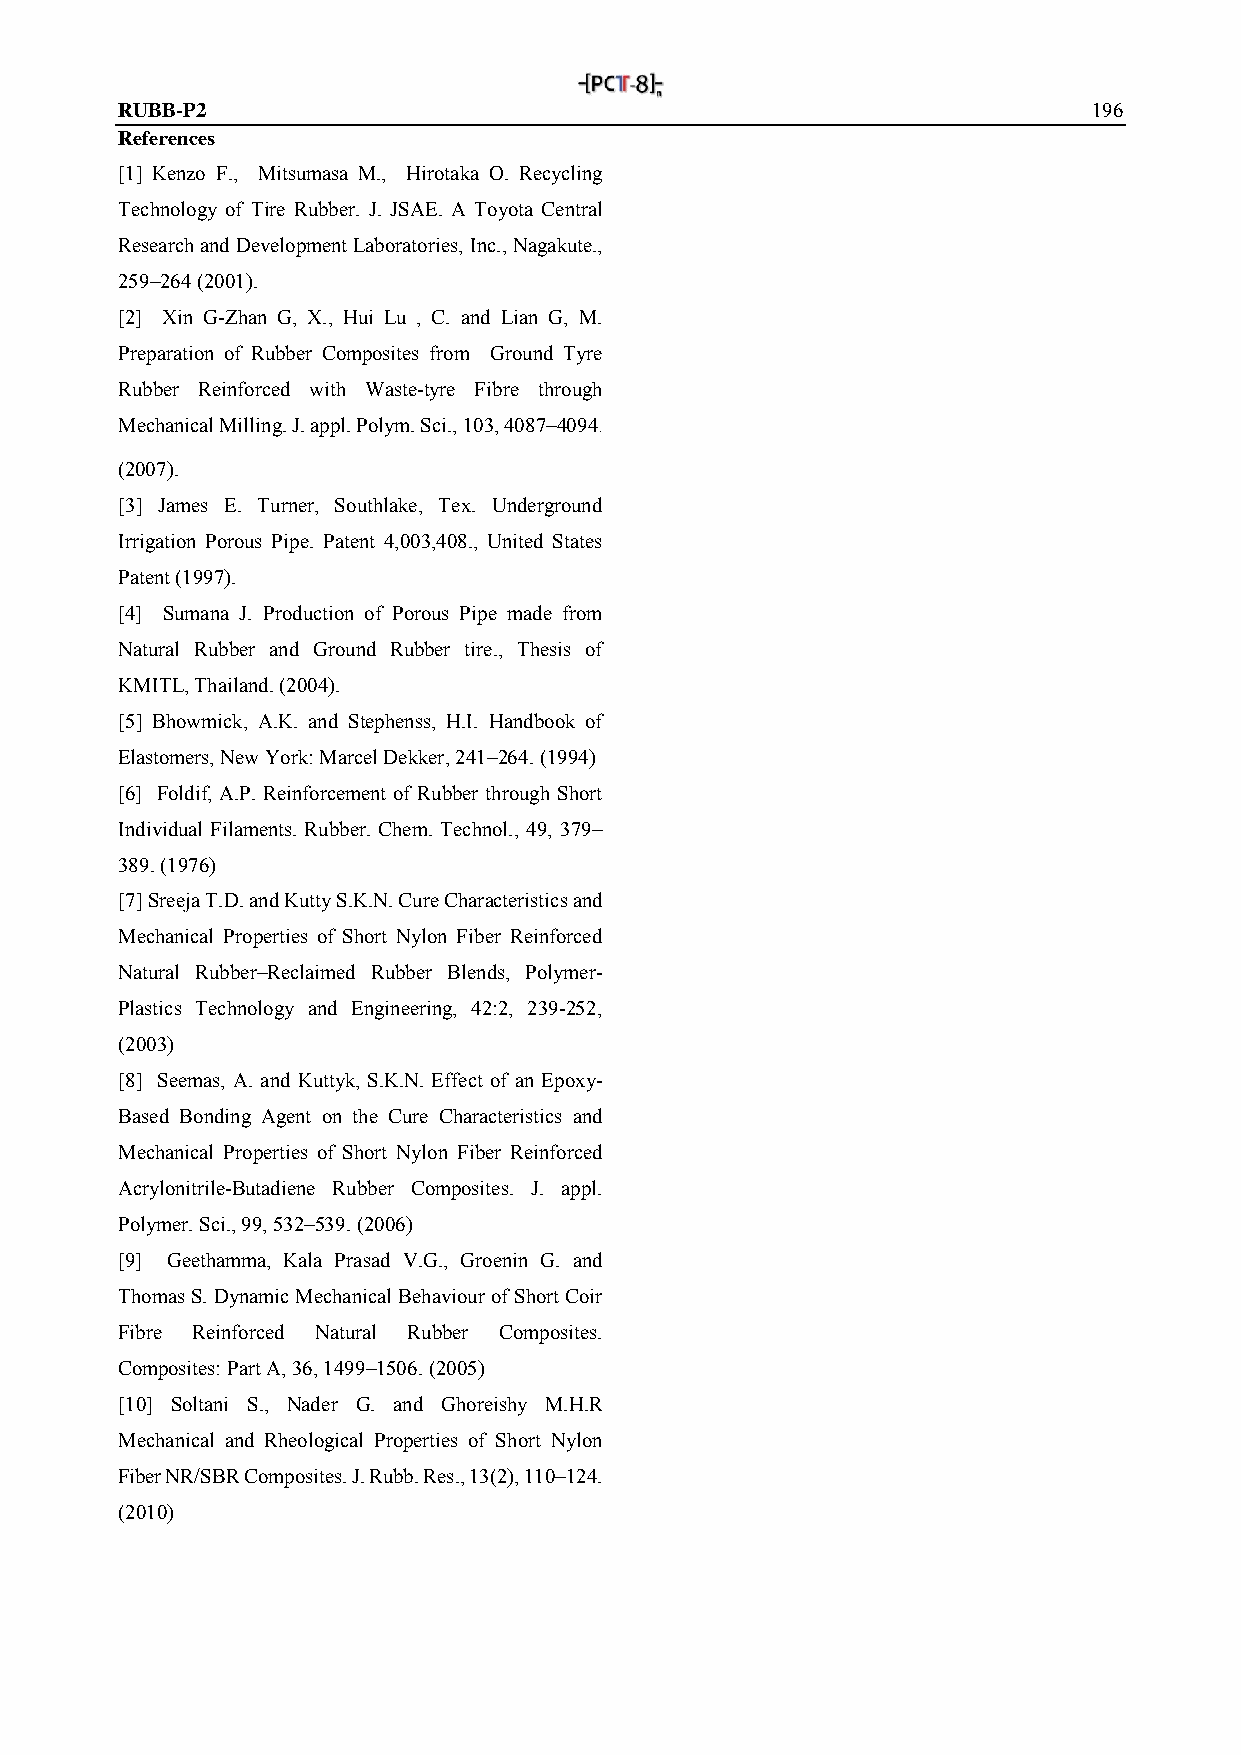
RUBB-P2                                                         196
 References
 [1] Kenzo F., Mitsumasa M., Hirotaka O. Recycling
 Technology of Tire Rubber. J. JSAE. A Toyota Central
 Research and Development Laboratories, Inc., Nagakute.,
 259–264 (2001).
 [2] Xin G-Zhan G, X., Hui Lu , C. and Lian G, M.
 Preparation of Rubber Composites from Ground Tyre
 Rubber Reinforced with Waste-tyre Fibre through
 Mechanical Milling. J. appl. Polym. Sci., 103, 4087–4094.
 (2007).
 [3] James E. Turner, Southlake, Tex. Underground
 Irrigation Porous Pipe. Patent 4,003,408., United States
 Patent (1997).
 [4] Sumana J. Production of Porous Pipe made from
 Natural Rubber and Ground Rubber tire., Thesis of
 KMITL, Thailand. (2004).
 [5] Bhowmick, A.K. and Stephenss, H.I. Handbook of
 Elastomers, New York: Marcel Dekker, 241–264. (1994)
 [6] Foldif, A.P. Reinforcement of Rubber through Short
 Individual Filaments. Rubber. Chem. Technol., 49, 379–
 389. (1976)
 [7] Sreeja T.D. and Kutty S.K.N. Cure Characteristics and
 Mechanical Properties of Short Nylon Fiber Reinforced
 Natural Rubber–Reclaimed Rubber Blends, Polymer-
 Plastics Technology and Engineering, 42:2, 239-252,
 (2003)
 [8] Seemas, A. and Kuttyk, S.K.N. Effect of an Epoxy-
 Based Bonding Agent on the Cure Characteristics and
 Mechanical Properties of Short Nylon Fiber Reinforced
 Acrylonitrile-Butadiene Rubber Composites. J. appl.
 Polymer. Sci., 99, 532–539. (2006)
 [9] Geethamma, Kala Prasad V.G., Groenin G. and
 Thomas S. Dynamic Mechanical Behaviour of Short Coir
 Fibre Reinforced Natural Rubber Composites.
 Composites: Part A, 36, 1499–1506. (2005)
 [10] Soltani S., Nader G. and Ghoreishy M.H.R
 Mechanical and Rheological Properties of Short Nylon
 Fiber NR/SBR Composites. J. Rubb. Res., 13(2), 110–124.
 (2010)